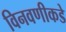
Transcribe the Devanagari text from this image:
विनवणीकडे